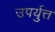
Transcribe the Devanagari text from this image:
उपर्युत्त